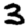
Digit: 3